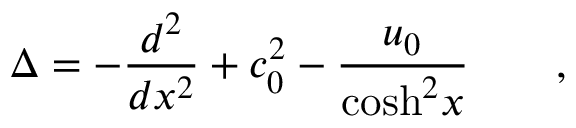
\Delta = - \frac { d ^ { 2 } } { d x ^ { 2 } } + c _ { 0 } ^ { 2 } - \frac { u _ { 0 } } { \mathrm { c o s h } ^ { 2 } x } \qquad ,